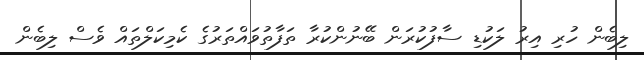
ލިބެން ހުރި އިރު ލަކުޑި ސާފުކުރަން ބޭނުންކުރާ ތަފާތުވައްތަރުގެ ކެމިކަލްތައް ވެސް ލިބެން